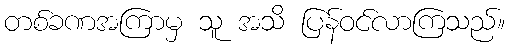
တစ်ခဏအကြာမှ သူ အသိ ပြန်ဝင်လာကြသည်။